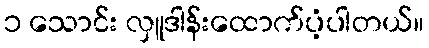
၁ သောင်း လှူဒါန်းထောက်ပံ့ပါတယ်။